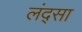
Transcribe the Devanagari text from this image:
लंद्सा